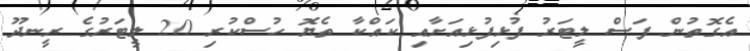
އެގޮތުން ފަސް ލީޓަރު ފުޅިފުޅިއަށާއި ކައްކާ ތެޔޮ ހުސްކުރި 20 ލީޓަރުގެ ރީނދޫ